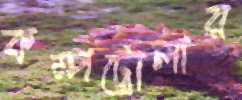
কম্পট্রোলার